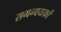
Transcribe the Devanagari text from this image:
समन्वयकों